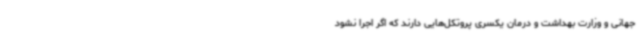
جهانی و وزارت بهداشت و درمان یکسری پروتکل‌هایی دارند که اگر اجرا نشود